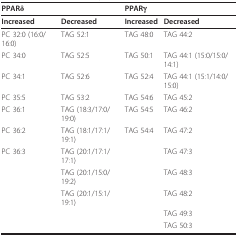
| <COLSPAN=2> PPARδ | <COLSPAN=2> PPARγ |
 | --- | --- | --- | --- |
 | Increased | Decreased | Increased | Decreased |
 | PC 32:0 (16:0/16:0) | TAG 52:1 | TAG 48:0 | TAG 44:2 |
 | PC 34:0 | TAG 52:5 | TAG 50:1 | TAG 44:1 (15:0/15:0/14:1) |
 | PC 34:1 | TAG 52:6 | TAG 52:4 | TAG 44:1 (15:1/14:0/15:0) |
 | PC 35:5 | TAG 53:2 | TAG 54:6 | TAG 45:2 |
 | PC 36:1 | TAG (18:3/17:0/19:0) | TAG 54:5 | TAG 46:2 |
 | PC 36:2 | TAG (18:1/17:1/19:1) | TAG 54:4 | TAG 47:2 |
 | PC 36:3 | TAG (20:1/17:1/17:1) |  | TAG 47:3 |
 |  | TAG (20:1/15:0/19:2) |  | TAG 48:3 |
 |  | TAG (20:1/15:1/19:1) |  | TAG 48:2 |
 |  |  |  | TAG 49:3 |
 |  |  |  | TAG 50:3 |